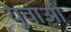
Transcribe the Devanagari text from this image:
युवाअों